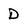
Character: d